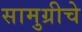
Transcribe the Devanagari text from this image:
सामुग्रीचे